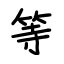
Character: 等